Rangoon Lunatic Asylum 1898-1906 - 1898-1906
Year: 1898
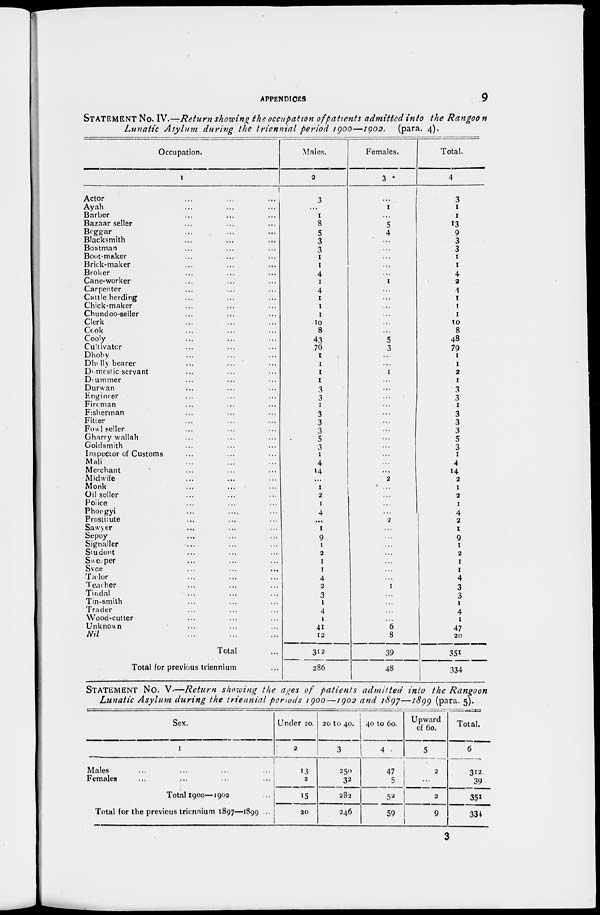
APPENDICES
9
STATEMENT No. IV.—Return showing the occupation of patients admitted into the Rangoon
Lunatic Asylum during the triennial period 1900—1902. (para. 4).
Occupation.
1
Acor ... ... ...
Ayah ... ... ...
Barber ... ... ...
Bazaar seller ... ... ...
Beggar ... ... ...
Blacksmith ... ... ...
Boatman ... ... ...
Boot-maker ... ... ...
Brick-maker ... ... ...
Broker ... ... ...
Cane-worker ... ... ...
Carpenter ... ... ...
Cattle herding ... ... ...
Chick-maker ... ... ...
Chundoo-seller ... ... ...
Clerk ... ... ...
Cook ... ... ...
Cooly ... ... ...
Cultivator ... ... ...
Dhohy ... ... ...
Dholly bearer ... ... ...
Domestic servant ... ... ...
Drummer ... ... ...
Durwan ... ... ...
Engineer ... ... ...
Fireman ... ... ...
Fisherman ... ... ...
Filler ... ... ...
Fowl seller ... ... ...
Gharry wallah ... ... ...
Goldsmith ... ... ...
Inspector of Customs ... ... ...
Mali ... ... ...
Merchant ... ... ...
Midwife ... ... ...
Monk ... ... ...
Oil seller ... ... ...
Police ... ... ...
Phopgyi ... ... ...
Prostitute ... ... ...
Sawyer ... ... ...
Sepoy ... ... ...
Signaller ... ... ...
Student ... ... ...
Sweeper ... ... ...
Syce ... ... ...
Tailor ... ... ...
Teacher ... ... ...
Tindal ... ... ...
Tin-smith ... ... ...
Trader ... ... ...
Wood-cutter ... ... ...
Unknown ... ... ...
Nil ... ... ...
Total ...
Total for previous triennium ...
Males.
2
3
...
1
8
5
3
3
1
1
4
1
4
1
1
1
10
8
43
76
1
1
1
1
3
3
1
3
3
3
5
3
1
4
14
...
1
2
1
4
...
1
9
1
2
1
1
4
2
...
1
4
1
41
12
312
286
Females.
3
...
1
...
5
4
...
...
...
...
...
1
...
...
...
...
...
...
5
3
...
...
1
...
...
...
...
...
...
...
...
...
...
...
...
2
...
...
...
...
2
...
...
...
...
...
...
1
...
...
...
...
6
8
39
48
Total.
4
3
1
1
13
9
3
3
1
1
4
2
4
1
1
1
10
8
48
79
1
1
2
1
3
3
1
3
3
3
5
3
1
4
14
2
1
2
1
4
2
1
9
1
2
1
1
4
3
3
1
4
1
47
20
351
334
STATEMENT No. V—Return showing the ages of patients admitted into the Rangoon
Lunatic Asylum during the triennial periods 1900—1902 and 1897—1899 (para. 5).
Sex.
1
Males ... ... ... ...
Females ... ... ... ...
Total 1900—1902 ...
Total for the previous triennium 1897—1899 ...
Under 20.
2
13
2
15
20
20 to 40.
3
250
32
202
246
40 to 60.
4
47
5
52
59
Upward
of 60.
5
2
...
2
9
Total.
6
312
39
351
334
3